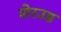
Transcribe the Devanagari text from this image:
शेरउड